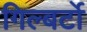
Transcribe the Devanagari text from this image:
गिल्बर्टो